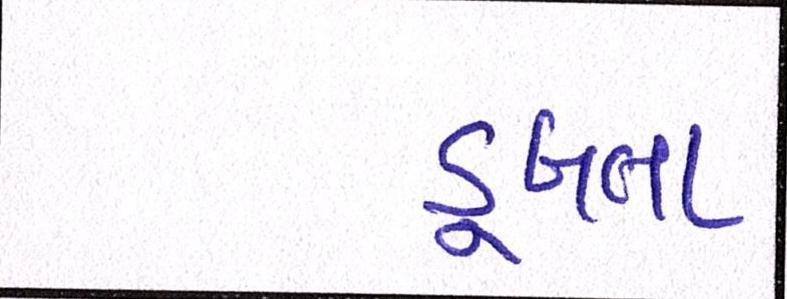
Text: ડૂબતા